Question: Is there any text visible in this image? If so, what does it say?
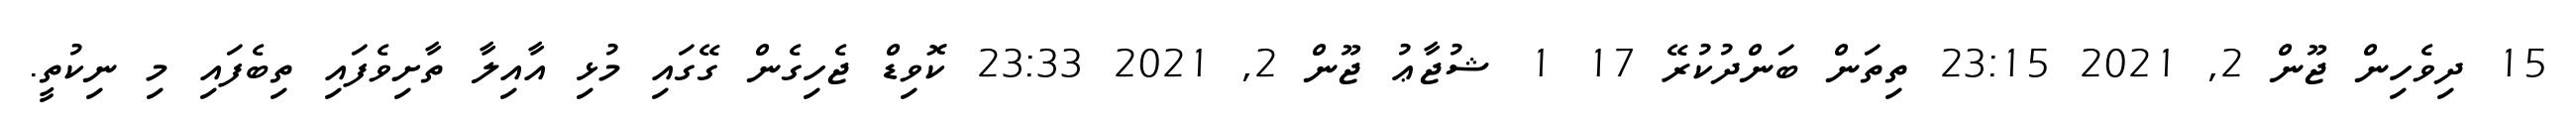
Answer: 15 ދިވެހިން ޖޫން 2, 2021 23:15 ތިތަން ބަންދުކުރޭ 17 1 ޝުޖާޢު ޖޫން 2, 2021 23:33 ކޮވިޑް ޖެހިގެން ގޭގައި މުޅި އާއިލާ ތާށިވެފައި ތިބެފައި މި ނިކުތީ.